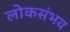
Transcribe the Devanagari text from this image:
लोकसंभव